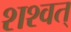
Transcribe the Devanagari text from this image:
शश्वत्